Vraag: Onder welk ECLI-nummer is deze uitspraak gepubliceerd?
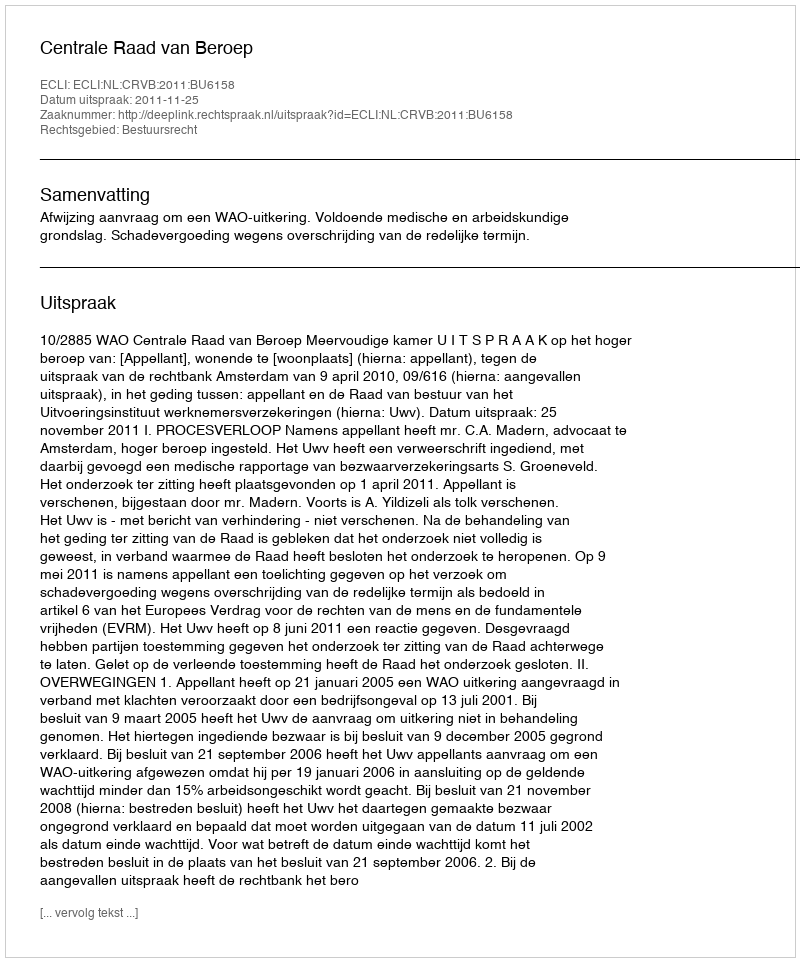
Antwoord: ECLI:NL:CRVB:2011:BU6158